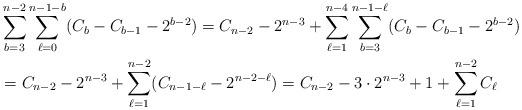
LaTeX: \begin{align*}&\sum_{b=3}^{n-2}\sum_{\ell=0}^{n-1-b}(C_b-C_{b-1}-2^{b-2})=C_{n-2}-2^{n-3}+\sum_{\ell=1}^{n-4}\sum_{b=3}^{n-1-\ell}(C_b-C_{b-1}-2^{b-2})\\&=C_{n-2}-2^{n-3}+\sum_{\ell=1}^{n-2}(C_{n-1-\ell}-2^{n-2-\ell})=C_{n-2}-3\cdot2^{n-3}+1+\sum_{\ell=1}^{n-2}C_\ell\end{align*}